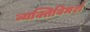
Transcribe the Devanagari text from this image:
व्यक्तिविमर्श